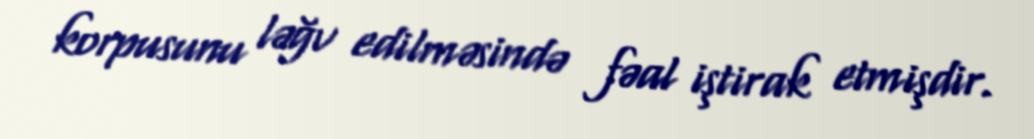
korpusunu ləğv edilməsində fəal iştirak etmişdir.